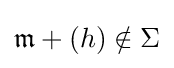
{\mathfrak {m}}+(h)\notin \Sigma